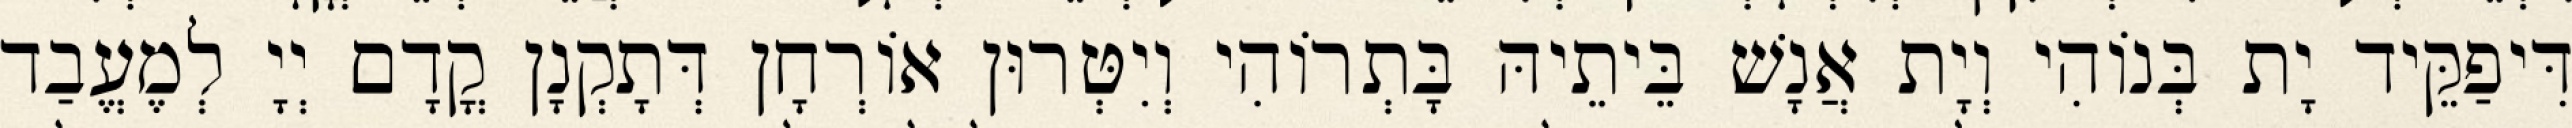
דִּיפַקֵּיד יָת בְּנוֹהִי וְיָת אֲנָשׁ בֵּיתֵיהּ בָּתְרוֹהִי וְיִטְּרוּן אוֹרְחָן דְּתָקְנָן קֳדָם יְיָ לְמֶעֱבַד